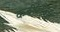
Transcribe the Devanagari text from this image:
कबीरांशी